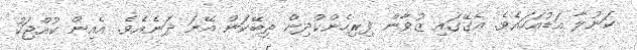
ކަނުލާ އަޑުއަހައެވެ. އެގޭގައި ޒުވާން ފިރިހެންކުދިން ތިބޭކަން އޭނަ ދަނެއެވެ. އެއިން ކުއްޖަކު